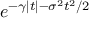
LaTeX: e ^ { - \gamma | t | - \sigma ^ { 2 } t ^ { 2 } / 2 }